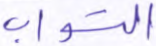
التواب